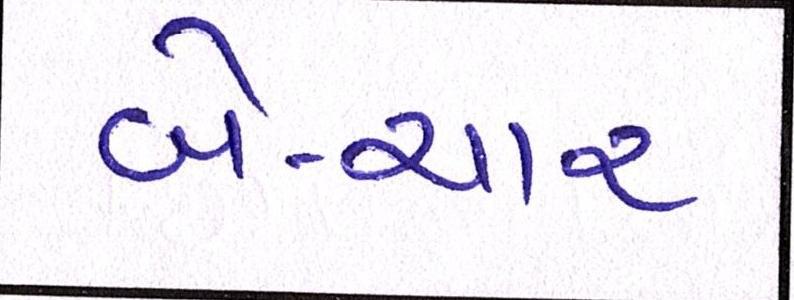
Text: બે-ચાર